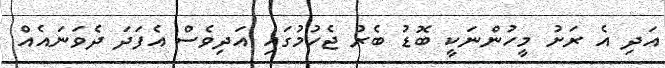
އަދި އެ ރަށު މީހުންނަކީ ބޮޑު ބެރު ޖެހުމުގައި އަދިވެސް އެފަދަ ދެވަނައެއް